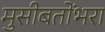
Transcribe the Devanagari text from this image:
मुसीबतोंभरा